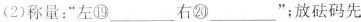
(2)称量：“左⑲___右⑳___”；放砝码先